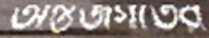
অন্তর্জগতের